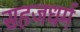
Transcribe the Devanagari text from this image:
सहजधर्म